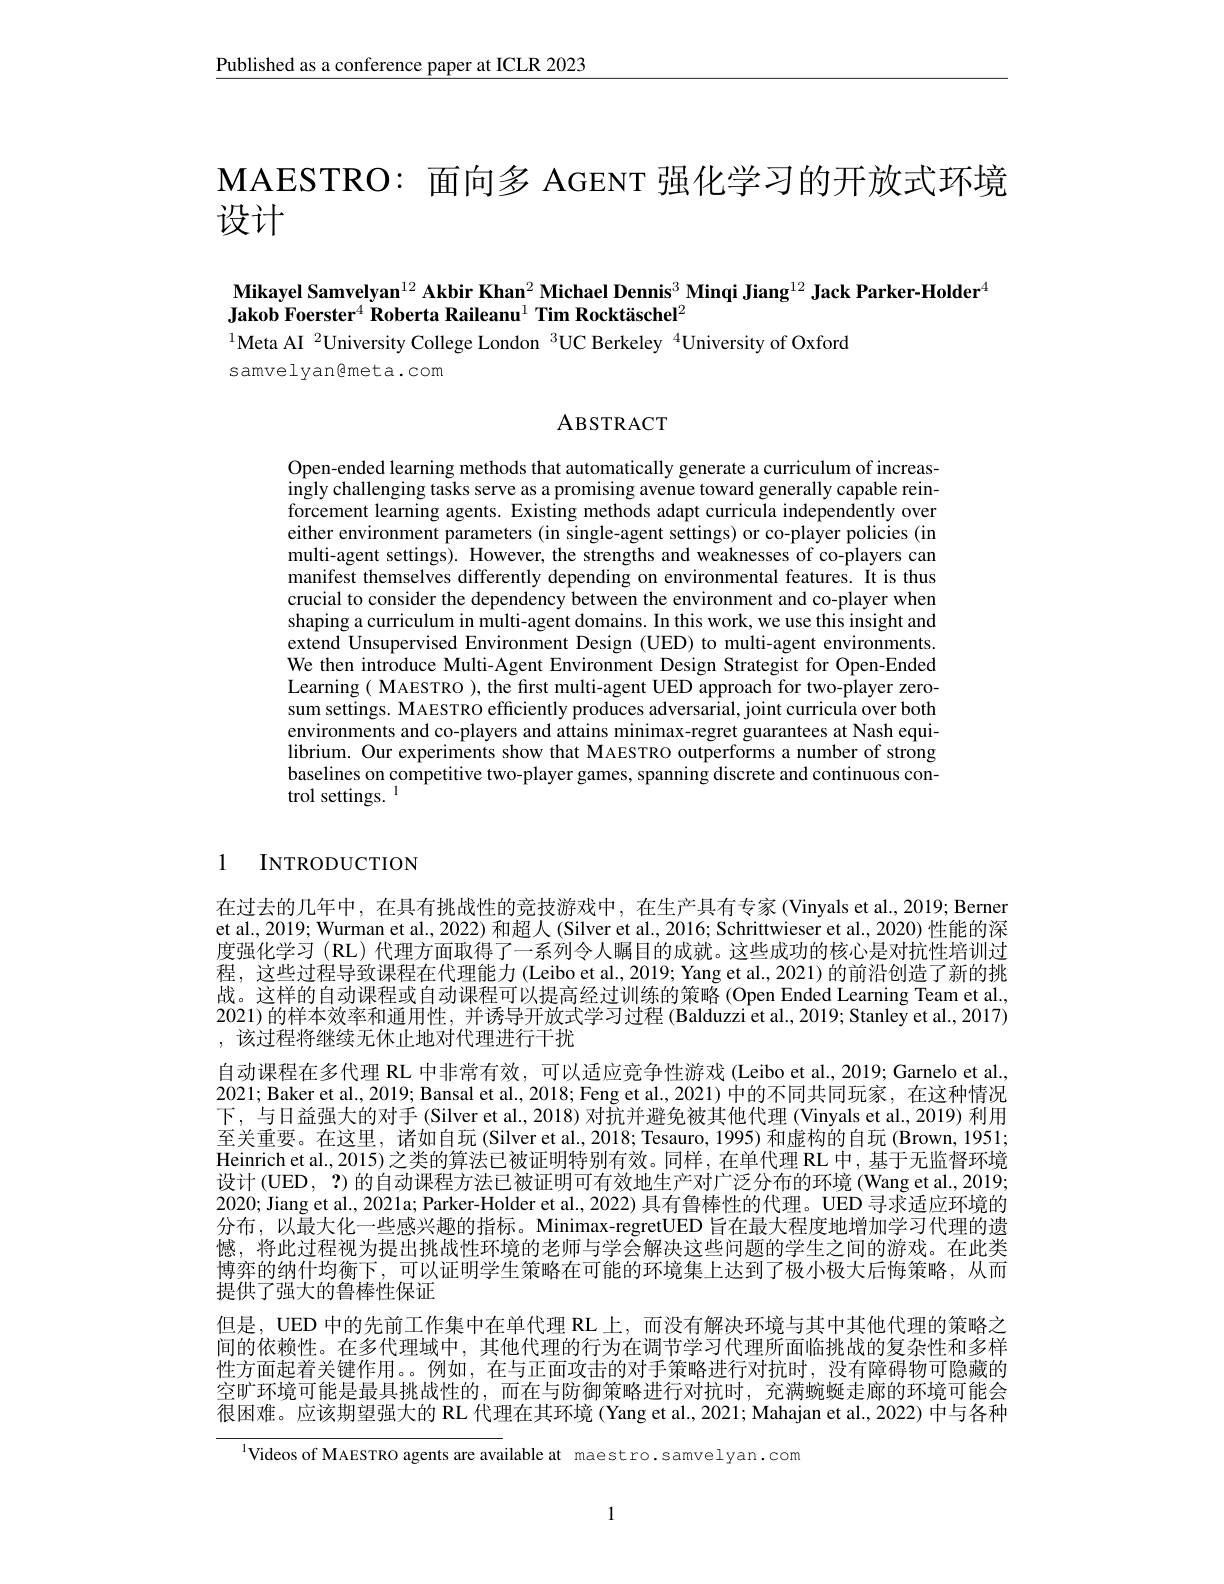
$\underline{\text{Published as a conference paper at ICLR 2023}}$

MAESTRO: 面向多 AGENT 强化学习的开放式环境
# 设计

Mikayel Samvelyan$^{12}$ Akbir Khan$^{2}$ Michael Dennis$^{3}$ Minqi Jiang$^{12}$ Jack Parker-Holder$^{4}$
Jakob Foerster$^4\textbf{Roberta Raileanu}^{1}\textbf{Tim Rocktäschel}^{2}$
$^{1}$Meta AI$^{2}$University College London$^{3}$UC Berkeley$^{4}$University of Oxford

s amvelyan G met a . com

ABSTRACT

Open-ended learning methods that automatically generate a curriculum of increasingly challenging tasks serve as a promising avenue toward generally capable reinforcement learning agents. Existing methods adapt curricula independently over either environment parameters (in single-agent settings) or co-player policies (in multi-agent settings). However, the strengths and weaknesses of co-players can manifest themselves differently depending on environmental features. It is thus crucial to consider the dependency between the environment and co-player when shaping a curriculum in multi-agent domains. In this work, we use this insight and extend Unsupervised Environment Design (UED) to multi-agent environments We then introduce Multi-Agent Environment Design Strategist for Open-Ended Learning( MAESTRO ), the first multi-agent UED approach for two-player zerosum settings. MAESTRO efficiently produces adversarial, joint curricula over both environments and co-players and attains minimax-regret guarantees at Nash equilibrium. Our experiments show that MAESTRO outperforms a number of strong baselines on competitive two-player games, spanning discrete and continuous control settings. 1

# 1 INTRODUCTION

在过去的几年中，在具有挑战性的竞技游戏中，在生产具有专家(Vinyals et al., 2019; Berner et al., 2019; Wurman et al, 2022) 和超人 (Silver et al, 2016; Schrittwieser et al., 2020) 性能的深度强化学习(RL)代理方面取得了一系列令人瞩目的成就。这些成功的核心是对抗性培训过程，这些过程导致课程在代理能力 (Leibo et al., 2019; Yang et al., 2021) 的前沿创造了新的挑战。这样的自动课程或自动课程可以提高经过训练的策略 (Open Ended Learning Team et al., 2021)的样本效率和通用性，并诱导开放式学习过程 (Balduzzi et al., 2019; Stanley et al., 2017) ,该过程将继续无休止地对代理进行干扰
自动课程在多代理 RL 中非常有效，可以适应竞争性游戏 (Leibo et al., 2019; Garnelo et al. 2021; Baker et al., 2019; Bansal et al., 2018; Feng et al., 2021) 中的不同共同玩家，在这种情况下，与日益强大的对手(Silver et al., 2018) 对抗并避免被其他代理 (Vinyals et al., 2019) 利用至关重要。在这里，诸如自玩 (Silver et al., 2018; Tesauro, 1995) 和虚构的自玩 (Brown, 1951; Heinrich et al., 2015) 之类的算法已被证明特别有效。同样，在单代理 RL 中，基于无监督环境设计(UED, ?)的自动课程方法已被证明可有效地生产对广泛分布的环境(Wang et al, 2019; 2020; Jiang et al., 2021a; Parker-Holder et al., 2022) 具有鲁棒性的代理。UED 寻求适应环境的分布，以最大化一些感兴趣的指标。Minimax-regretUED 旨在最大程度地增加学习代理的遗憾，将此过程视为提出挑战性环境的老师与学会解决这些问题的学生之间的游戏。在此类博弈的纳什均衡下，可以证明学生策略在可能的环境集上达到了极小极大后悔策略，从而提供了强大的鲁棒性保证
但是，UED 中的先前工作集中在单代理 RL 上，而没有解决环境与其中其他代理的策略之间的依赖性。在多代理域中，其他代理的行为在调节学习代理所面临挑战的复杂性和多样性方面起着关键作用。。例如，在与正面攻击的对手策略进行对抗时，没有障碍物可隐藏的空旷环境可能是最具挑战性的，而在与防御策略进行对抗时，充满蜿蜒走廊的环境可能会很困难。应该期望强大的 RL 代理在其环境 (Yang et al., 2021; Mahajan et al., 2022) 中与各种

$^{1}$Videos of MAESTRO agents are available at maestro.samvelyan.com

1